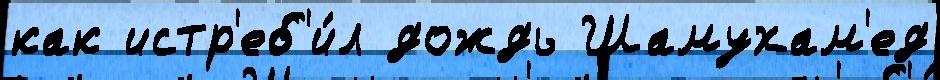
как истр'еб'и́л дождь Шамухам'ед